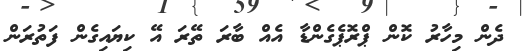
ދެން މިހާރު ކޮން ޕްރޮޕެގެންޑާ އެއް ބާރަ ތޭރަ އޭ ކިޔައިގެން ފަތުރަން